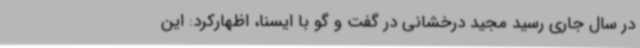
در سال جاری رسید مجید درخشانی در گفت و گو با ایسنا، اظهارکرد: این